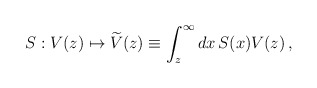
\begin{align*} S:V(z)\mapsto\widetilde{V}(z)\equiv \int_z^\infty dx\, S(x) V(z)\,,\end{align*}